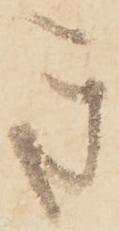
き